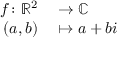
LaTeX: \begin{array} { r l } { f \colon \mathbb { R } ^ { 2 } } & { { } \to \mathbb { C } } \\ { ( a , b ) } & { { } \mapsto a + b i } \end{array}